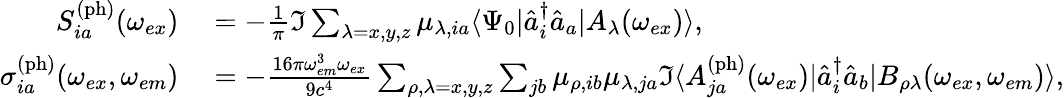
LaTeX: \begin{array}{rl}{S_{ia}^{\mathrm{(ph)}}(\omega_{ex})}&{{}=-\frac{1}{\pi}\Im\sum_{\lambda=x,y,z}\mu_{\lambda,ia}\langle\Psi_{0}|\hat{a}_{i}^{\dagger}\hat{a}_{a}|A_{\lambda}(\omega_{ex})\rangle,}\\ {\sigma_{ia}^{\mathrm{(ph)}}(\omega_{ex},\omega_{em})}&{{}=-\frac{16\pi\omega_{em}^{3}\omega_{ex}}{9c^{4}}\sum_{\rho,\lambda=x,y,z}\sum_{jb}\mu_{\rho,ib}\mu_{\lambda,ja}\Im\langle A_{ja}^{\mathrm{(ph)}}(\omega_{ex})|\hat{a}_{i}^{\dagger}\hat{a}_{b}|B_{\rho\lambda}(\omega_{ex},\omega_{em})\rangle,}\end{array}